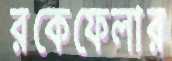
রকেফেলার